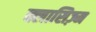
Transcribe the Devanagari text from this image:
क्लासिज़्म